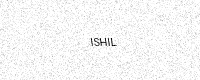
Text: ISHIL